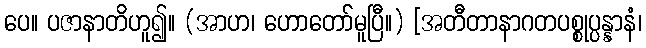
ပေ။ ပဇာနာတိဟူ၍။ (အာဟ၊ ဟောတော်မူပြီ။) [အတီတာနာဂတပစ္စုပ္ပန္နာနံ၊